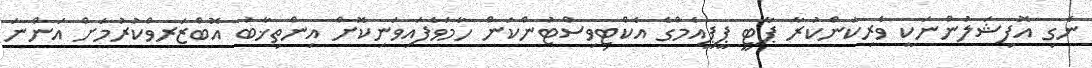
ނެގި އޮފިޝަލުންނަކީ ވެރިކަންކުރާ ޕާޓީ ޕީޕީއެމްގެ އެކްޓިވިސްޓުންކަން ހާމަވެފައިވަނިކޮށް އިންތިޚާބު އޮބްޒަރވްކުރުމަށް އަންނަ